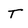
Character: T